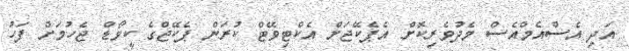
އަދި އެސްއެމްއެސް މެދުވެރިކޮށް އެޕެކޭޖަށް އެކްޓިވޭޓް ކުރަން ޕެކޭޖްގެ ކީވޯޑް ޖެހުމަށް ފަހު